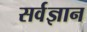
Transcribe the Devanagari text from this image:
सर्वज्ञान